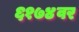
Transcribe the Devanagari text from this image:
६१७४वर